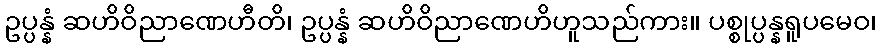
ဥပ္ပန္နံ ဆဟိဝိညာဏေဟီတိ၊ ဥပ္ပန္နံ ဆဟိဝိညာဏေဟိဟူသည်ကား။ ပစ္စုပ္ပန္နရူပမေဝ၊